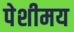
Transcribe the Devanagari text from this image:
पेशीमय